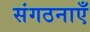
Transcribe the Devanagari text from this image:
संगठनाएँ